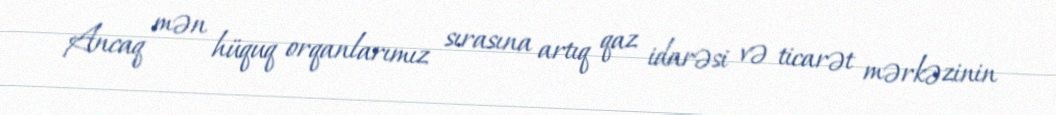
Ancaq mən hüquq orqanlarımız sırasına artıq qaz idarəsi və ticarət mərkəzinin